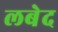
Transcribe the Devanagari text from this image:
लबेद